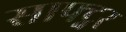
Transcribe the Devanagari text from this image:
साफ्ट्नर